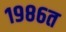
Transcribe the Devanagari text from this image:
१९८६त